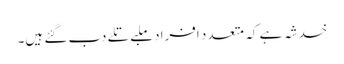
خدشہ ہے کہ متعدد افراد ملبے تلے دب گئے ہیں۔